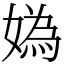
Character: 媯